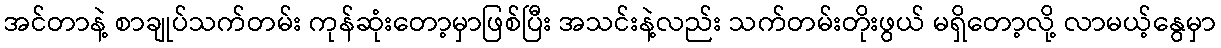
အင်တာနဲ့ စာချုပ်သက်တမ်း ကုန်ဆုံးတော့မှာဖြစ်ပြီး အသင်းနဲ့လည်း သက်တမ်းတိုးဖွယ် မရှိတော့လို့ လာမယ့်နွေမှာ